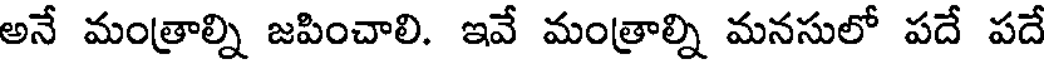
అనే మంత్రాల్ని జపించాలి. ఇవే మంత్రాల్ని మనసులో పదే పదే